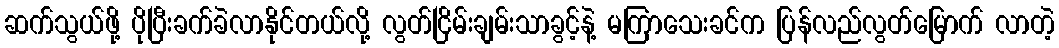
ဆက်သွယ်ဖို့ ပိုပြီးခက်ခဲလာနိုင်တယ်လို့ လွတ်ငြိမ်းချမ်းသာခွင့်နဲ့ မကြာသေးခင်က ပြန်လည်လွတ်မြောက် လာတဲ့